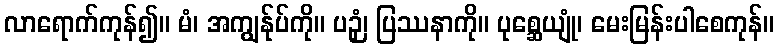
လာရောက်ကုန်၍။ မံ၊ အကျွန်ုပ်ကို။ ပဉှံ၊ ပြဿနာကို။ ပုစ္ဆေယျုံ၊ မေးမြန်းပါစေကုန်။